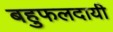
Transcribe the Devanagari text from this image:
बहुफलदायी